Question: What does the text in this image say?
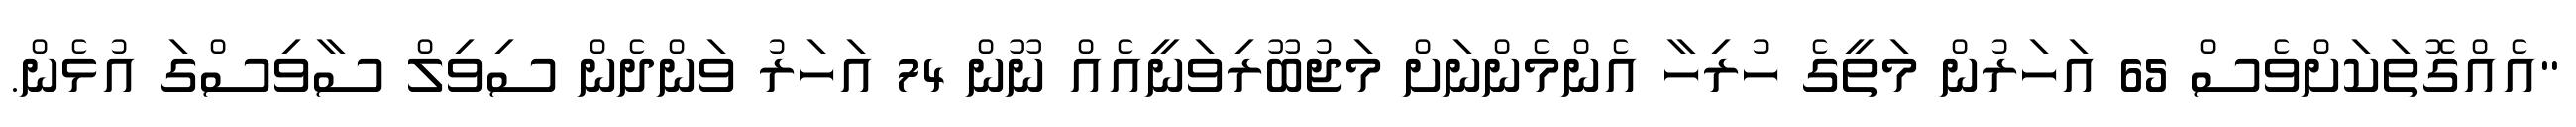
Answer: "އެއްގޮތަކަށްވެސް 65 އަހަރުން މަތީގެ ހުރިހާ އެންމެންނަށް މަޖުބޫރިވަނީއެއް ނޫން 74 އަހަރު ވަންދެން ސިވިލް ސާވިސްގަ އުޅެން.